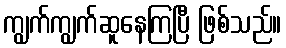
ကျွက်ကျွက်ဆူနေကြပြီ ဖြစ်သည်။